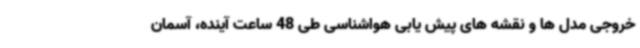
خروجی مدل ها و نقشه های پیش یابی هواشناسی طی 48 ساعت آینده، آسمان